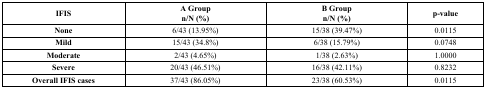
| IFIS | A Groupn/N (%) | B Groupn/N (%) | p-value |
 | --- | --- | --- | --- |
 | None | 6/43 (13.95%) | 15/38 (39.47%) | 0.0115 |
 | Mild | 15/43 (34.8%) | 6/38 (15.79%) | 0.0748 |
 | Moderate | 2/43 (4.65%) | 1/38 (2.63%) | 1.0000 |
 | Severe | 20/43 (46.51%) | 16/38 (42.11%) | 0.8232 |
 | Overall IFIS cases | 37/43 (86.05%) | 23/38 (60.53%) | 0.0115 |